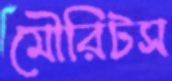
মৌরিটস